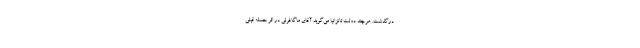
درگذشت. هرچند دولت تانزانیا می‌گوید آقای ماگافولی در اثر حمله قبلی